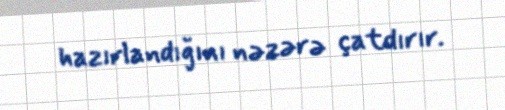
hazırlandığını nəzərə çatdırır.